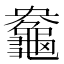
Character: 𪚻